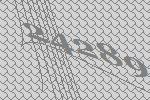
24289